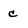
Character: c